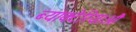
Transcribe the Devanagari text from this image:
ब्याक्टेरियाऔं